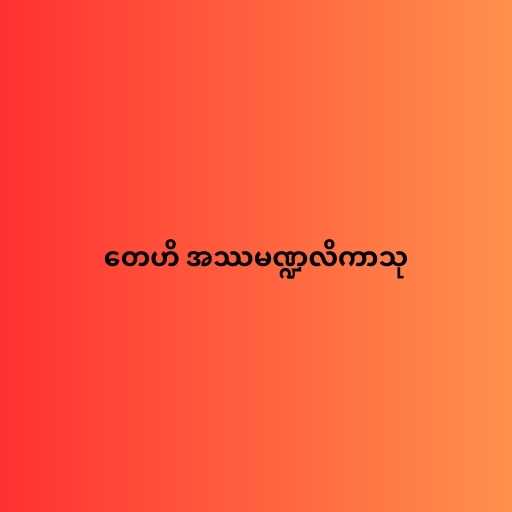
တေဟိ အဿမဏ္ဍလိကာသု